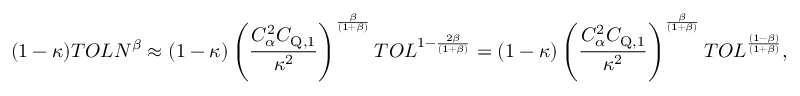
( 1 - \kappa ) T O L N ^ { \beta } \approx ( 1 - \kappa ) \left( \frac { C _ { \alpha } ^ { 2 } C _ { \mathrm { { Q } , 1 } } } { \kappa ^ { 2 } } \right) ^ { \frac { \beta } { ( 1 + \beta ) } } T O L ^ { 1 - \frac { 2 \beta } { ( 1 + \beta ) } } = ( 1 - \kappa ) \left( \frac { C _ { \alpha } ^ { 2 } C _ { \mathrm { Q } , 1 } } { \kappa ^ { 2 } } \right) ^ { \frac { \beta } { ( 1 + \beta ) } } T O L ^ { \frac { ( 1 - \beta ) } { ( 1 + \beta ) } } ,